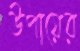
উপায়ের